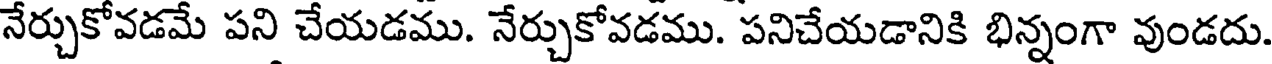
నేర్చుకోవడమే పని చేయడము. నేర్చుకోవడము. పనిచేయడానికి భిన్నంగా వుండదు.